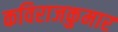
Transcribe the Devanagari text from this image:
कविराजकुमार